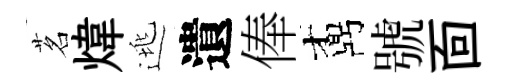
茗煒逃遺俸鼒號靣